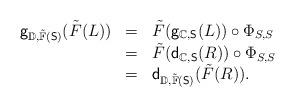
LaTeX: \begin{align*}\begin{array}{lll}\mathsf{g}_{\mathbb{D},\tilde{\mathbb{F}}(\mathsf{S})}(\tilde{F}(L))&=&\tilde{F}(\mathsf{g}_{\mathbb{C},\mathsf{S}}(L))\circ\Phi_{S,S}\\&=&\tilde{F}(\mathsf{d}_{\mathbb{C},\mathsf{S}}(R))\circ\Phi_{S,S}\\&=&\mathsf{d}_{\mathbb{D},\tilde{\mathbb{F}}(\mathsf{S})}(\tilde{F}(R)).\end{array}\end{align*}